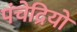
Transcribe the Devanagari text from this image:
पंचेद्रियों